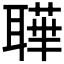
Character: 𦗉